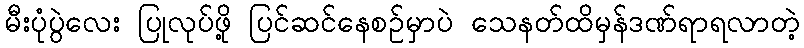
မီးပုံပွဲလေး ပြုလုပ်ဖို့ ပြင်ဆင်နေစဉ်မှာပဲ သေနတ်ထိမှန်ဒဏ်ရာရလာတဲ့